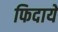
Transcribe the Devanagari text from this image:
फिदाये